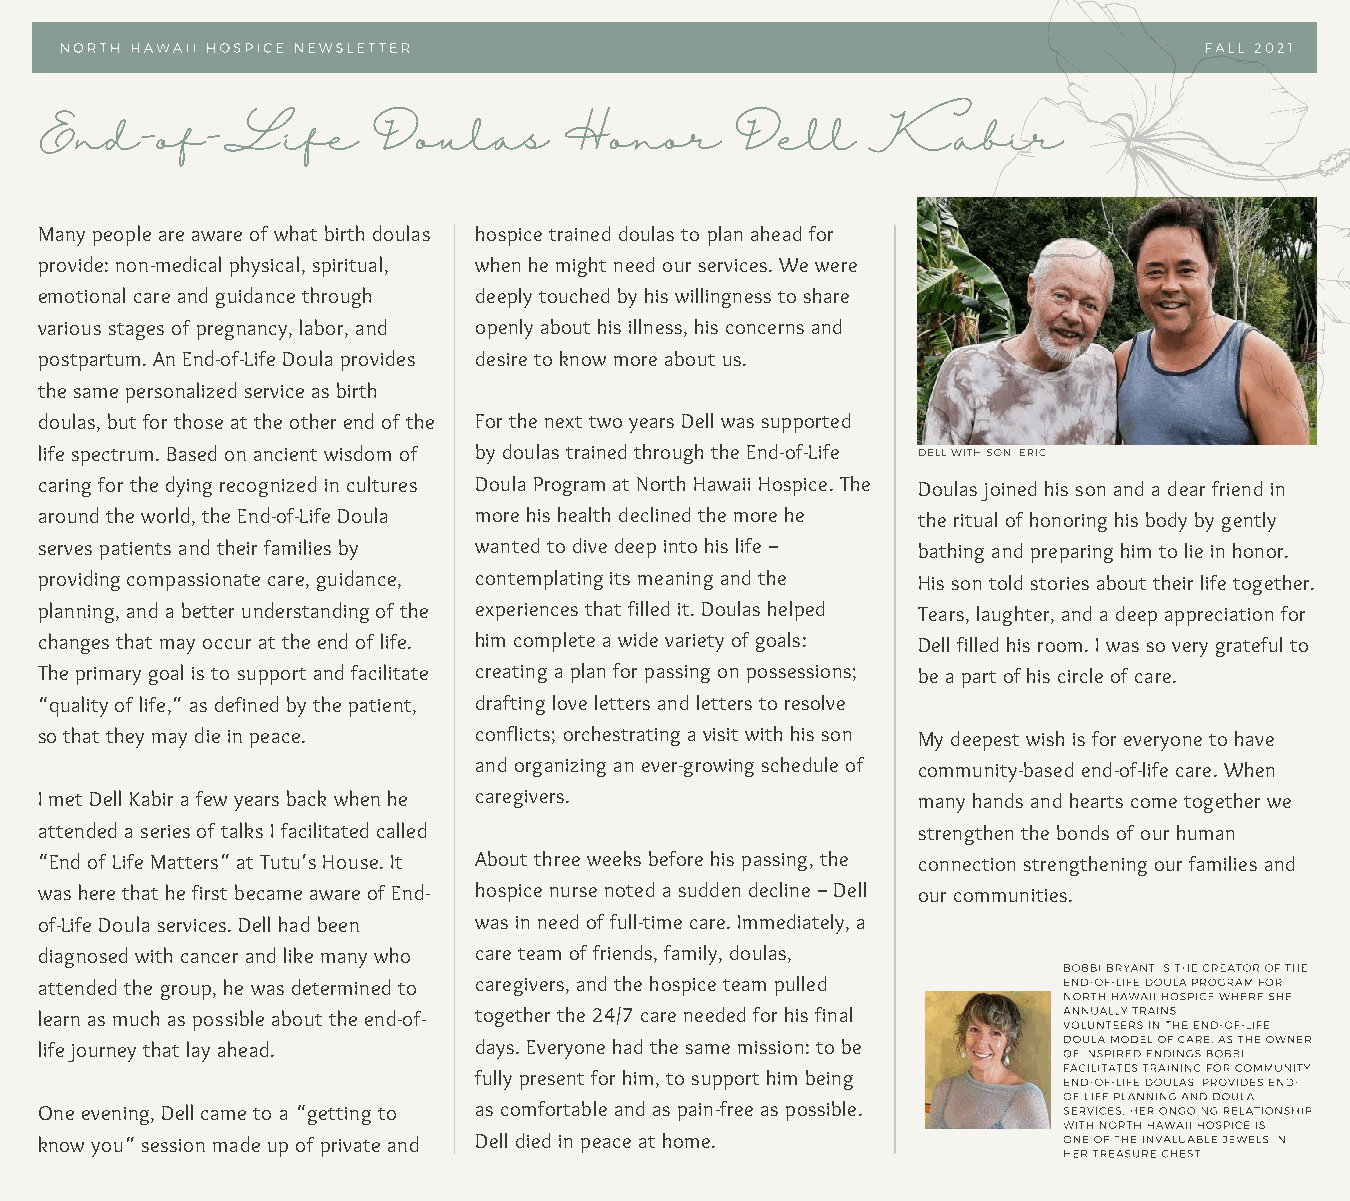
NORTH HAWAII HOSPICE NEWSLETTER                                             FALL 2021
 End-of-Life           Doulas      Honor       Dell     Kabir
 Many people are aware of what birth doulas hospice trained doulas to plan ahead for
 provide: non-medical physical, spiritual, when he might need our services. We were
 emotional care and guidance through deeply touched by his willingness to share
 various stages of pregnancy, labor, and openly about his illness, his concerns and
 postpartum. An End-of-Life Doula provides desire to know more about us.
 the same personalized service as birth
 doulas, but for those at the other end of the For the next two years Dell was supported
 life spectrum. Based on ancient wisdom of by doulas trained through the End-of-Life DELL WITH SON, ERIC
 caring for the dying recognized in cultures Doula Program at North Hawaii Hospice. The Doulas joined his son and a dear friend in
 around the world, the End-of-Life Doula more his health declined the more he the ritual of honoring his body by gently
 serves patients and their families by wanted to dive deep into his life – bathing and preparing him to lie in honor.
 providing compassionate care, guidance, contemplating its meaning and the His son told stories about their life together.
 planning, and a better understanding of the experiences that filled it. Doulas helped Tears, laughter, and a deep appreciation for
 changes that may occur at the end of life. him complete a wide variety of goals: Dell filled his room. I was so very grateful to
 The primary goal is to support and facilitate creating a plan for passing on possessions; be a part of his circle of care.
 “quality of life,” as defined by the patient, drafting love letters and letters to resolve
 so that they may die in peace. conflicts; orchestrating a visit with his son My deepest wish is for everyone to have
 and organizing an ever-growing schedule of community-based end-of-life care. When
 I met Dell Kabir a few years back when he caregivers.     many hands and hearts come together we
 attended a series of talks I facilitated called           strengthen the bonds of our human
 “End of Life Matters” at Tutu’s House. It About three weeks before his passing, the connection strengthening our families and
 was here that he first became aware of End- hospice nurse noted a sudden decline – Dell our communities.
 of-Life Doula services. Dell had been was in need of full-time care. Immediately, a
 diagnosed with cancer and like many who care team of friends, family, doulas,
 BOBBI BRYANT IS THE CREATOR OF THE
 attended the group, he was determined to caregivers, and the hospice team pulled END-OF-LIFE DOULA PROGRAM FOR
 NORTH HAWAII HOSPICE WHERE SHE
 learn as much as possible about the end-of- together the 24/7 care needed for his final A VON LN UU NA TL EL EY R T SR A ININ TS HE END-OF-LIFE
 DOULA MODEL OF CARE. AS THE OWNER
 life journey that lay ahead. days. Everyone had the same mission: to be OF INSPIRED ENDINGS BOBBI
 FACILITATES TRAINING FOR COMMUNITY
 fully present for him, to support him being END-OF-LIFE DOULAS, PROVIDES END-
 OF-LIFE PLANNING AND DOULA
 One evening, Dell came to a “getting to as comfortable and as pain-free as possible. SERVICES. HER ONGOING RELATIONSHIP
 WITH NORTH HAWAII HOSPICE IS
 know you” session made up of private and Dell died in peace at home. ONE OF THE INVALUABLE JEWELS IN
 HER TREASURE CHEST.